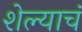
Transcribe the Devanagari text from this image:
शेल्याचं